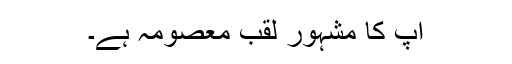
آپ کا مشہور لقب معصومہ ہے۔